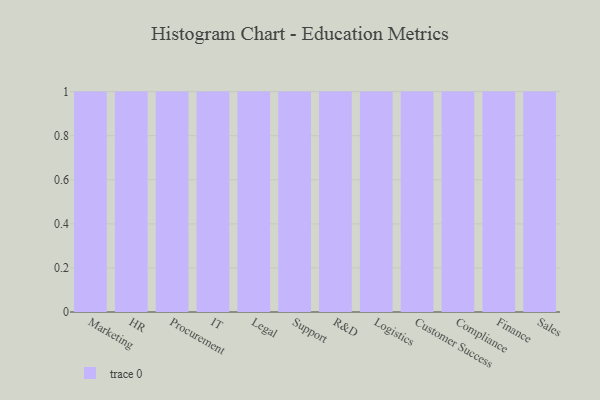
{"axis": {"x": "Department", "y": "Production Output"}, "legend": [""], "data": [{"x": "Marketing", "y": 60, "type": ""}, {"x": "HR", "y": 58, "type": ""}, {"x": "Procurement", "y": 39, "type": ""}, {"x": "IT", "y": 58, "type": ""}, {"x": "Legal", "y": 4, "type": ""}, {"x": "Support", "y": 42, "type": ""}, {"x": "R&D", "y": 44, "type": ""}, {"x": "Logistics", "y": 36, "type": ""}, {"x": "Customer Success", "y": 12, "type": ""}, {"x": "Compliance", "y": 45, "type": ""}, {"x": "Finance", "y": 80, "type": ""}, {"x": "Sales", "y": 85, "type": ""}]}